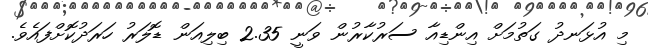
މި އުޅަނދު ގަތުމަށް އިންޑިއާ ސަރުކާރުން ވަނީ 2.35 ބިލިއަން ޑޮލަރު ހަރަދުކޮށްފައެވެ.